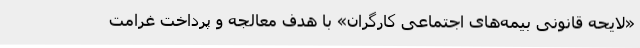
«لایحه قانونی بیمه‌های اجتماعی کارگران» با هدف معالجه و پرداخت غرامت